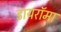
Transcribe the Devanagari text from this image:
डायरॉमा